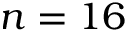
n = 1 6